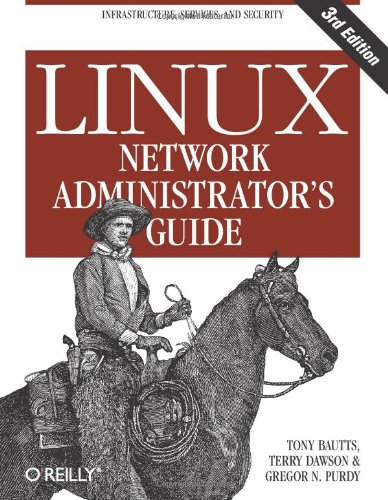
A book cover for Linux Network Administrator's Guide; Tony Bautts; Computers & Technology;